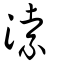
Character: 溹